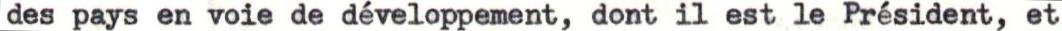
des pays en voie de développement, dont il est le Président, et